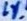
Text: 1%